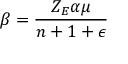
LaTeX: \beta = \frac { Z _ { E } \alpha \mu } { n + 1 + \epsilon }